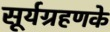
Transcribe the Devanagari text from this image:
सूर्यग्रहणके